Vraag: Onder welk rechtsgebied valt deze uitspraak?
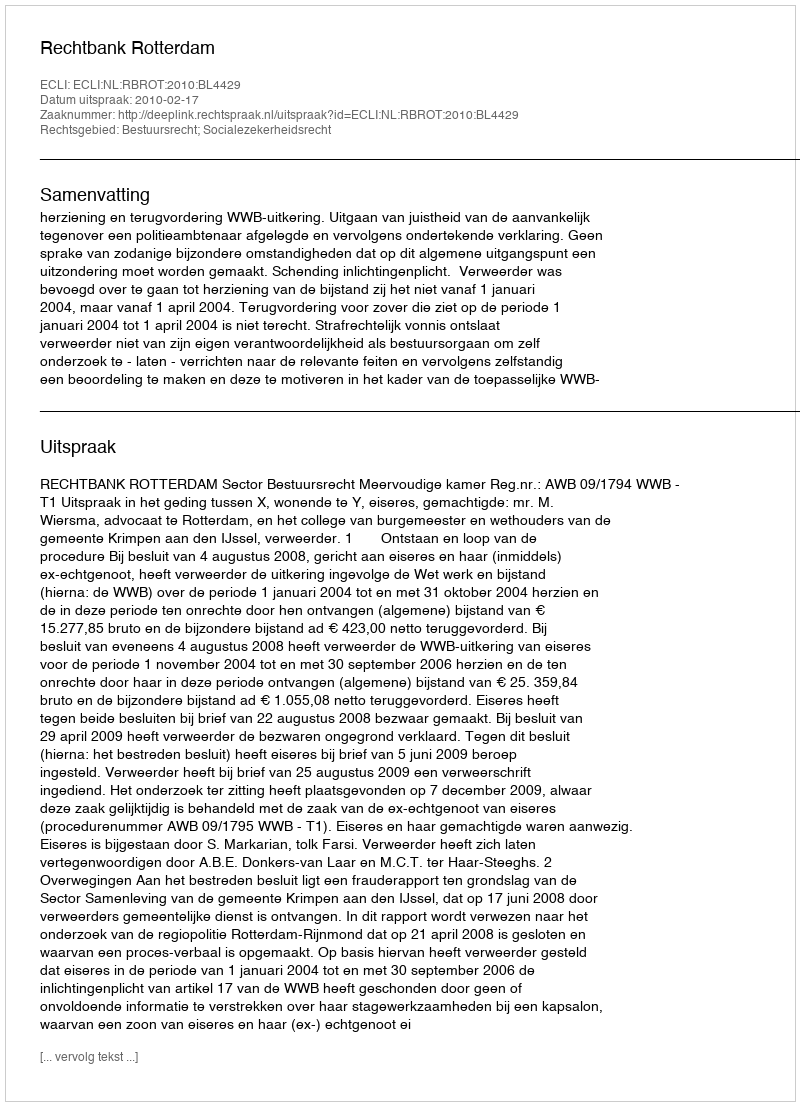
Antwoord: Bestuursrecht; Socialezekerheidsrecht